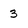
Character: 3